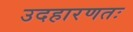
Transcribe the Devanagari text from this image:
उदहारणतः